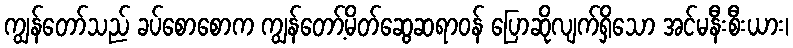
ကျွန်တော်သည် ခပ်စောစောက ကျွန်တော့်မိတ်ဆွေဆရာဝန် ပြောဆိုလျက်ရှိသော အင်မနီးစီးယား၊